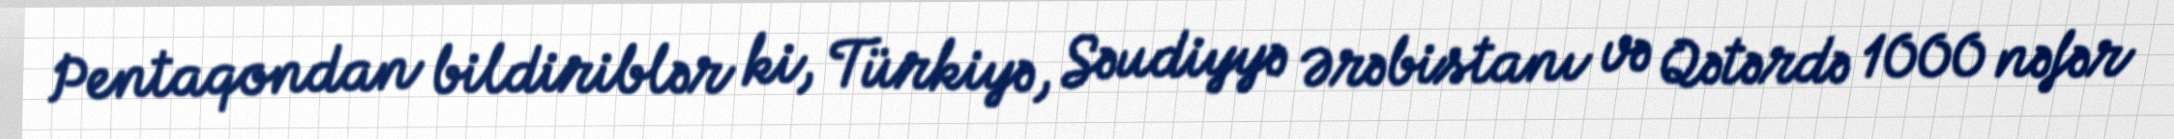
Pentaqondan bildiriblər ki, Türkiyə, Səudiyyə Ərəbistanı və Qətərdə 1000 nəfər